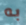
به